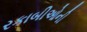
રકાબીઓની